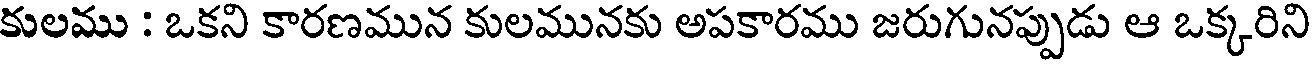
కులము : ఒకని కారణమున కులమునకు అపకారము జరుగునప్పుడు ఆ ఒక్కరిని